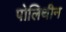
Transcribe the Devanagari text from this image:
पोलिथीन